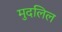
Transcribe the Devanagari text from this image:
मुदलिल